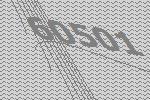
60501